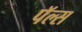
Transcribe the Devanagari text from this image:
पॅल्स